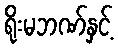
ရိုးမဘဏ်နှင့်